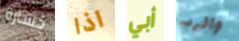
خسارة اذا أبي والرب